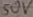
Text: 50V